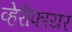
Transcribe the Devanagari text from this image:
व्हेरीफायर